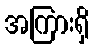
အကြားရှိ